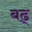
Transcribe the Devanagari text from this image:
बढ्